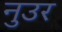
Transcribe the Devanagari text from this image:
नुउर